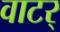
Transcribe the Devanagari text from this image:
वाटर्